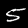
Label: 5